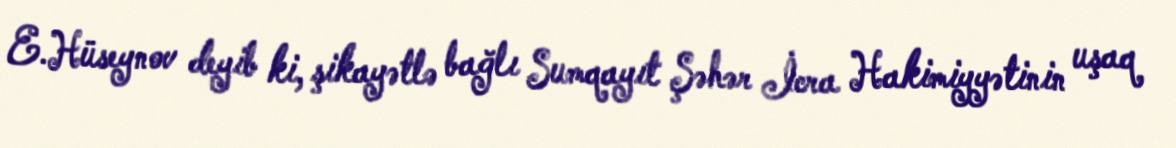
E.Hüseynov deyib ki, şikayətlə bağlı Sumqayıt Şəhər İcra Hakimiyyətinin uşaq